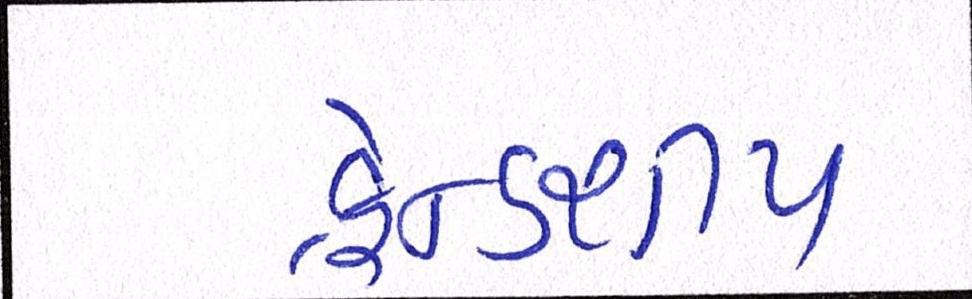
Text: ફ્રેન્ડશીપ